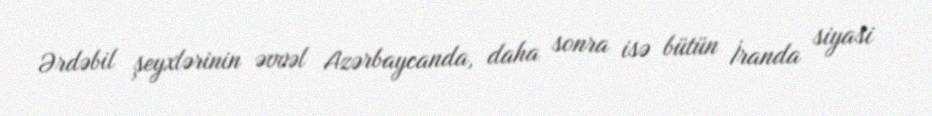
Ərdəbil şeyxlərinin əvvəl Azərbaycanda, daha sonra isə bütün İranda siyasi